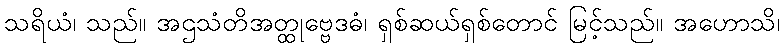
သရိယံ၊ သည်။ အဌသံတိအတ္ထုဗ္ဗေဒဓံ၊ ရှစ်ဆယ်ရှစ်တောင် မြင့်သည်။ အဟောသိ၊